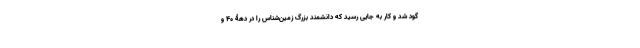
گود شد و کار به جایی رسید که دانشمند بزرگ زمین‌شناس را در دهۀ 40 و